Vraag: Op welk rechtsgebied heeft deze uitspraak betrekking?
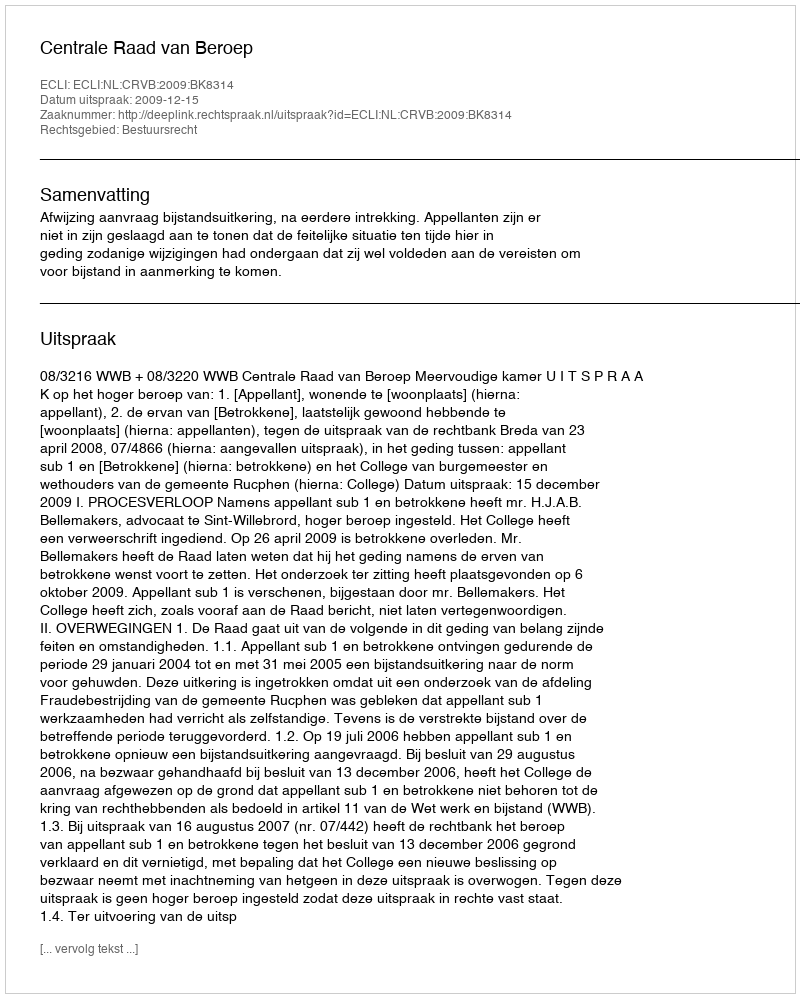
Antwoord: Bestuursrecht